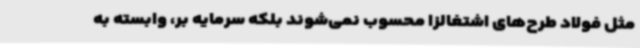
مثل فولاد طرح‌های اشتغالزا محسوب نمی‌شوند بلکه سرمایه بر، وابسته به